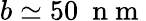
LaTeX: b\simeq 50\ \mathrm{~n~m~}